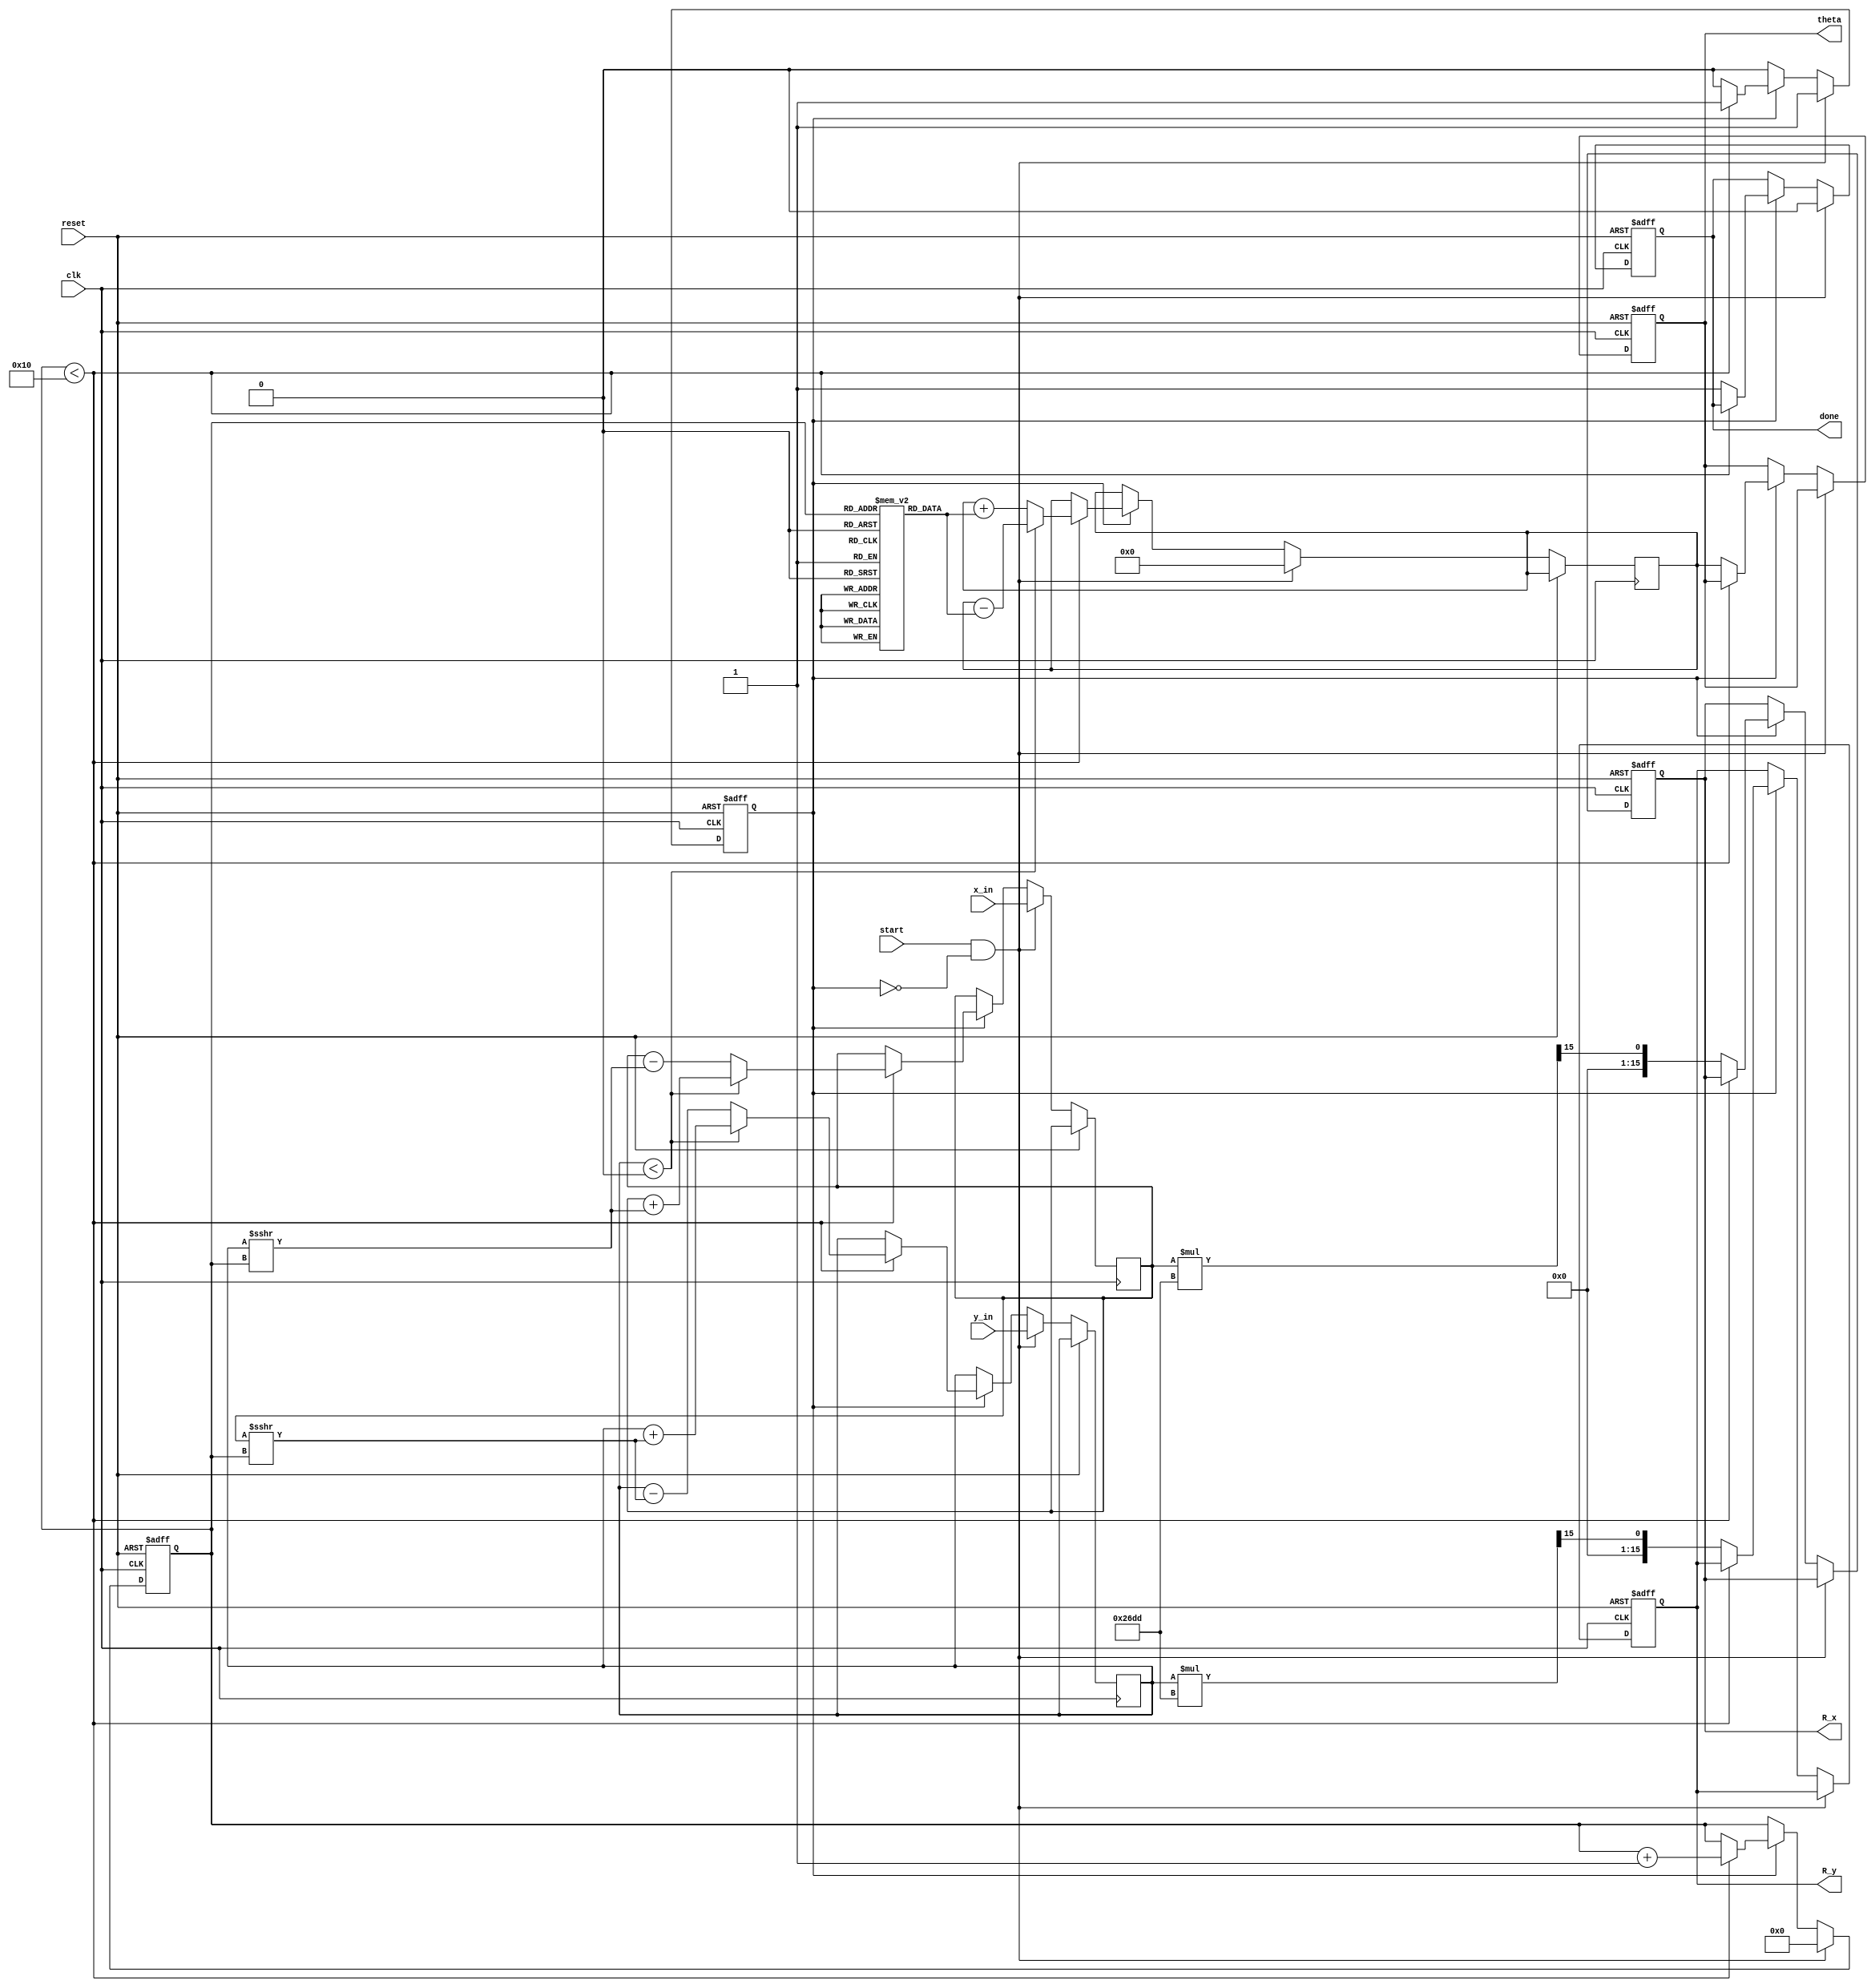
module vectoring_cordic #(
    parameter WIDTH = 16, // Bit-width for coordinates and angles
    parameter ITERATIONS = 16 // Number of CORDIC iterations
)(
    input wire clk,
    input wire reset,
    input wire start,
    input wire signed [WIDTH-1:0] x_in, // Input x coordinate
    input wire signed [WIDTH-1:0] y_in, // Input y coordinate
    output reg signed [WIDTH-1:0] R_x, // Resultant x coordinate
    output reg signed [WIDTH-1:0] R_y, // Resultant y coordinate
    output reg signed [WIDTH-1:0] theta, // Computed angle
    output reg done // Signal to indicate completion
);

    // CORDIC rotation angles (arctan(2^-i) for i = 0 to ITERATIONS-1)
    reg signed [WIDTH-1:0] atan_table [0:ITERATIONS-1];
    initial begin
        atan_table[0] = 16'h2000; // atan(1) = 0.7854 (in fixed-point)
        atan_table[1] = 16'h1000; // atan(0.5) = 0.4636
        atan_table[2] = 16'h0800; // atan(0.25) = 0.2449
        atan_table[3] = 16'h0400; // atan(0.125) = 0.1244
        // Continue filling the table for more iterations...
        // atan_table[4] = ...
        // ...
    end

    // Internal registers
    reg signed [WIDTH-1:0] x, y;
    reg signed [WIDTH-1:0] z;
    reg [3:0] iteration; // Iteration counter
    reg processing; // Processing flag

    // Scaling factor (for normalization)
    localparam SCALING_FACTOR = 16'h26DD; // Approximation of 0.6072 in fixed-point

    always @(posedge clk or posedge reset) begin
        if (reset) begin
            R_x <= 0;
            R_y <= 0;
            theta <= 0;
            done <= 0;
            processing <= 0;
            iteration <= 0;
        end else if (start && !processing) begin
            // Initialize inputs
            x <= x_in;
            y <= y_in;
            z <= 0; // Initial angle
            iteration <= 0;
            processing <= 1;
            done <= 0;
        end else if (processing) begin
            if (iteration < ITERATIONS) begin
                // Perform CORDIC rotation
                if (y < 0) begin
                    // Rotate clockwise
                    x <= x + (y >>> iteration);
                    y <= y + (x >>> iteration);
                    z <= z - atan_table[iteration];
                end else begin
                    // Rotate counter-clockwise
                    x <= x - (y >>> iteration);
                    y <= y - (x >>> iteration);
                    z <= z + atan_table[iteration];
                end
                iteration <= iteration + 1;
            end else begin
                // Final scaling
                R_x <= x * SCALING_FACTOR >>> 15; // Adjust for scaling
                R_y <= y * SCALING_FACTOR >>> 15; // Adjust for scaling
                theta <= z; // Output the computed angle
                done <= 1; // Indicate completion
                processing <= 0; // Reset processing flag
            end
        end
    end
endmodule